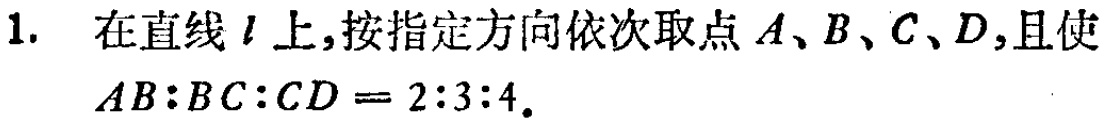
1. 在直线\(l\)上，按指定方向依次取点\(A\)、\(B\)、\(C\)、\(D\)，且使\(AB:BC:CD = 2:3:4\)。